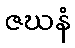
ဇဃနံ